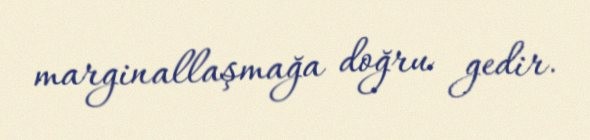
marginallaşmağa doğru gedir.